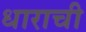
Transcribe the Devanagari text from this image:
धाराची